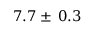
7 . 7 \pm \: 0 . 3